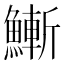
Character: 䱿